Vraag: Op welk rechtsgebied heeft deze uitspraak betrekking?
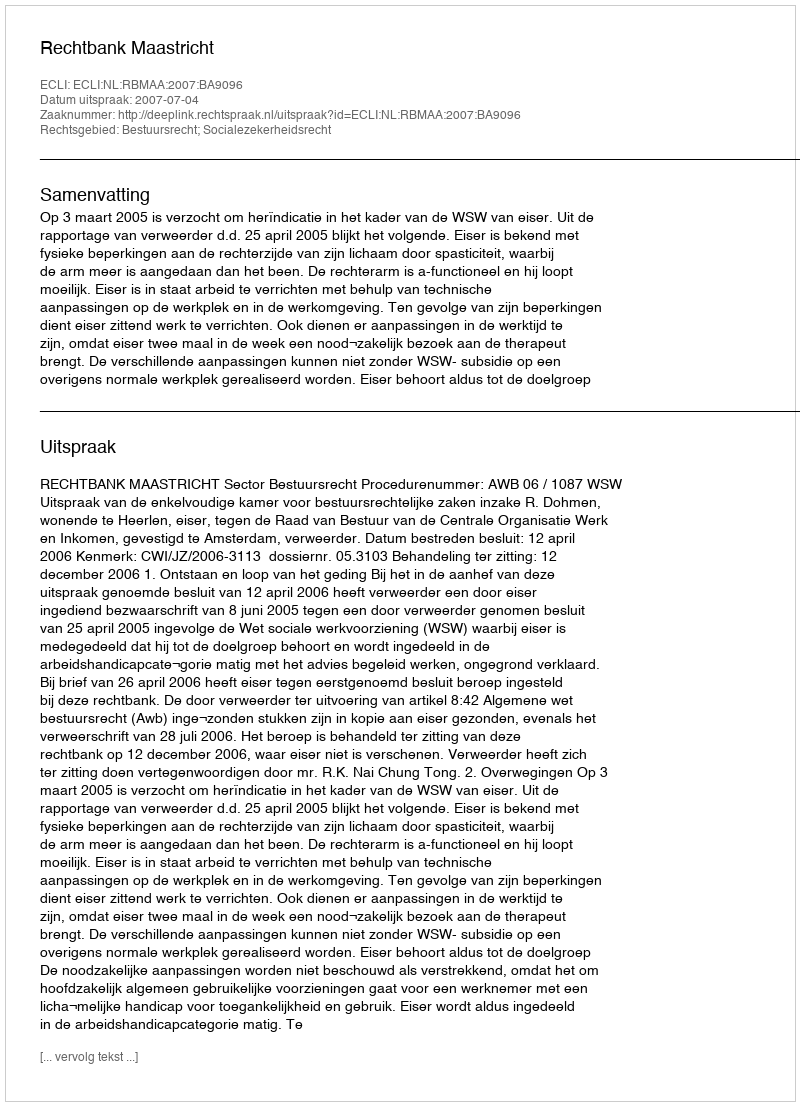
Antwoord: Bestuursrecht; Socialezekerheidsrecht